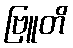
ဗြူတိ